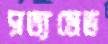
সত্যমেভ